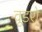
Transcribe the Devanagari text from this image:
वूडरो